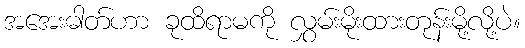
အအေးဓါတ်ဟာ ခုထိရာမကို လွှမ်းမိုးထားတုန်းမို့လို့ပဲ။